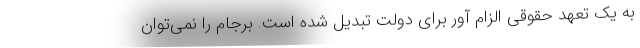
به یک تعهد حقوقی الزام آور برای دولت تبدیل شده است. برجام را نمی‌توان